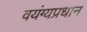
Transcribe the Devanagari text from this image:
वयंग्यप्रधान